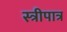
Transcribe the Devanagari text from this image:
स्त्रीपात्र